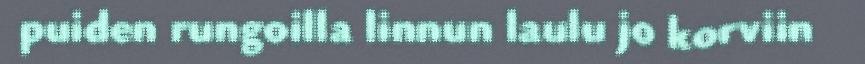
puiden rungoilla linnun laulu jo korviin